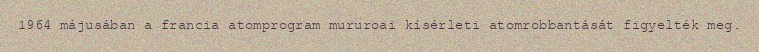
1964 májusában a francia atomprogram mururoai kísérleti atomrobbantását figyelték meg.